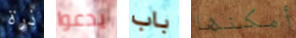
ذرة يدعوا باب أمكنها